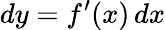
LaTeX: dy=f^{\prime}(x)\, dx